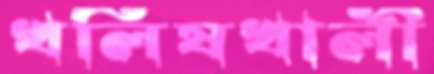
খলিষখালী